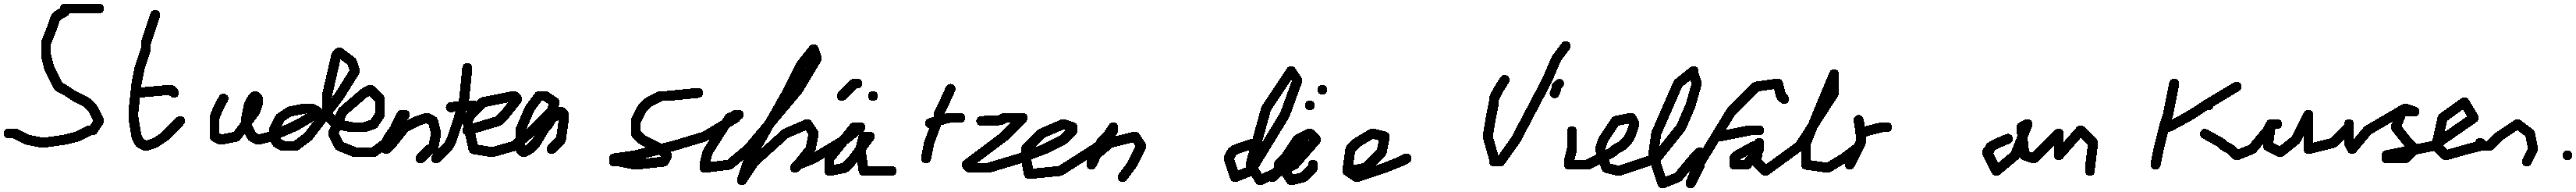
Studenten schätzen die Vielfalt an Kursen.